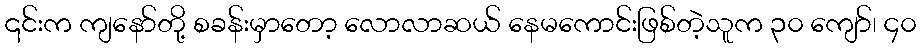
၎င်းက ကျနော်တို့ စခန်းမှာတော့ လောလာဆယ် နေမကောင်းဖြစ်တဲ့သူက ၃၀ ကျော်၊ ၄၀